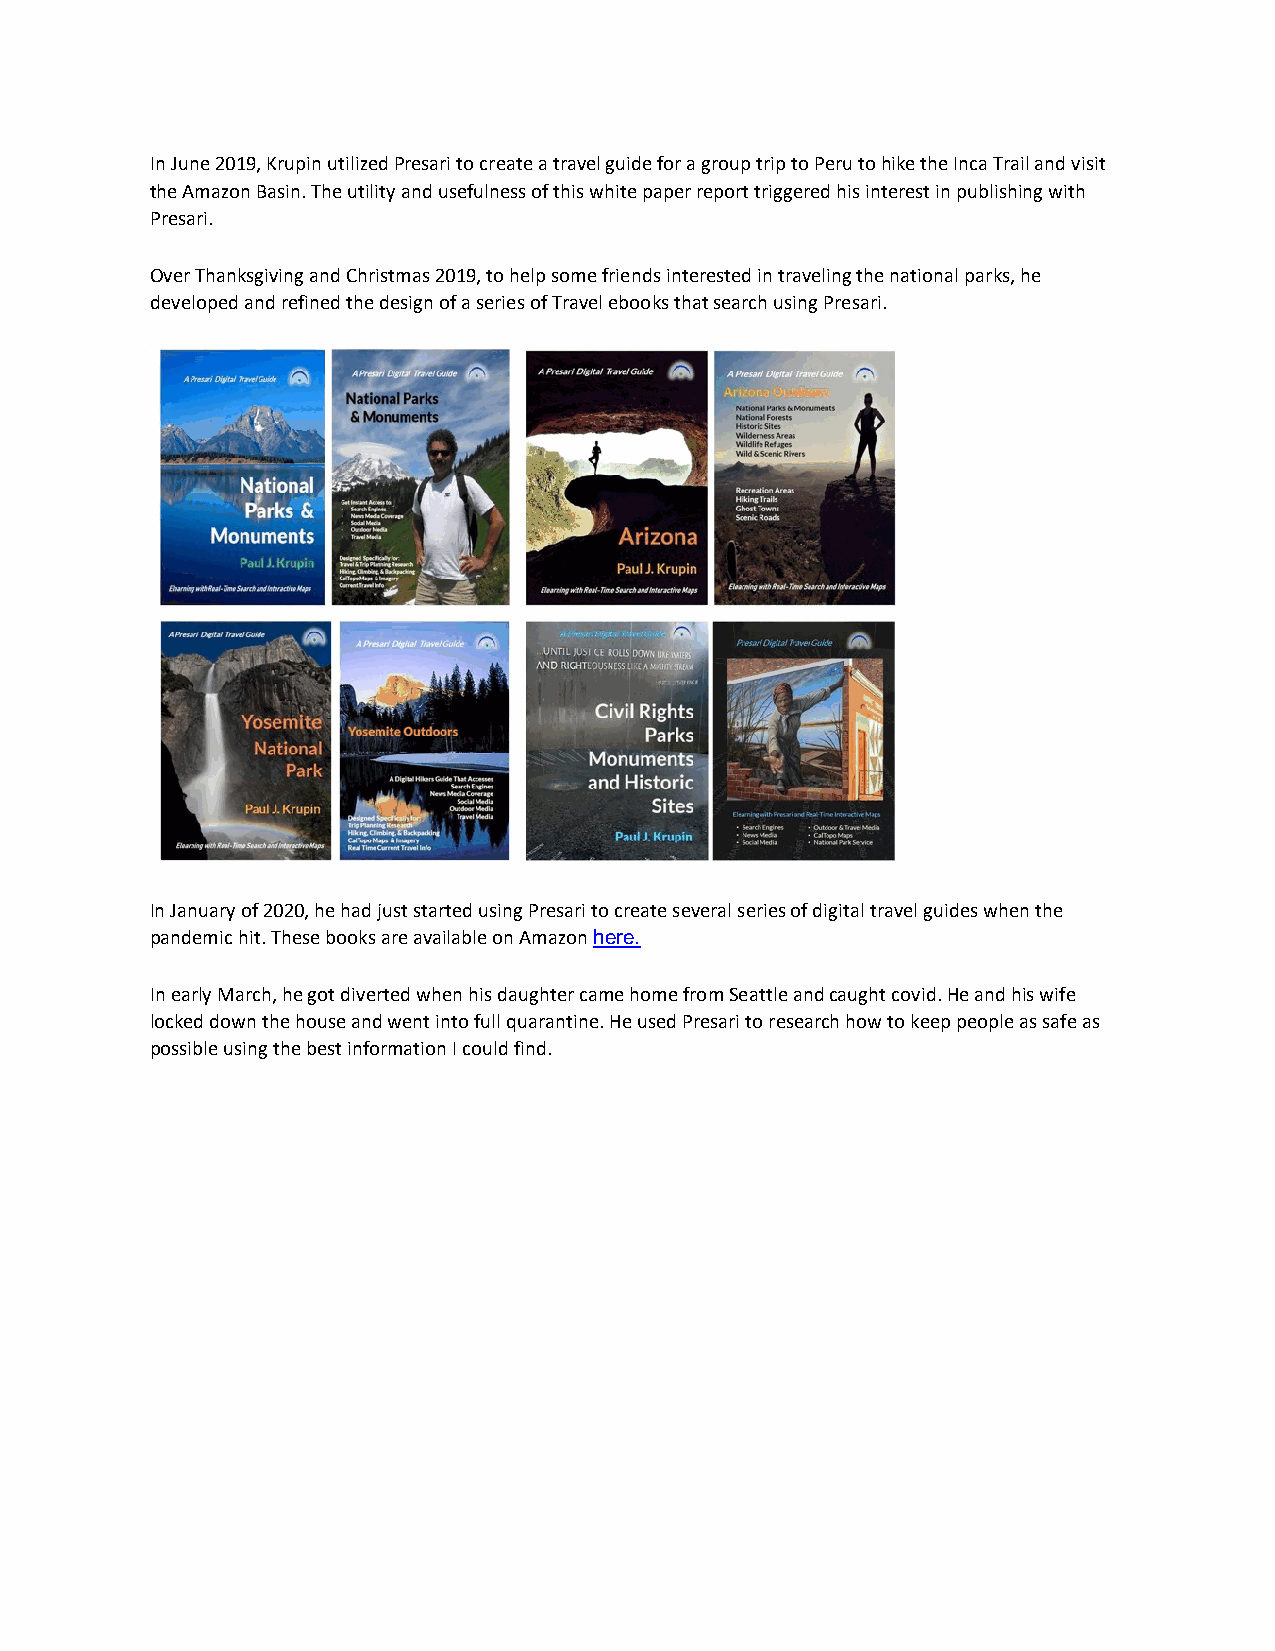
In June 2019, Krupin utilized Presari to create a travel guide for a group trip to Peru to hike the Inca Trail and visit
 the Amazon Basin. The utility and usefulness of this white paper report triggered his interest in publishing with
 Presari.
 Over Thanksgiving and Christmas 2019, to help some friends interested in traveling the national parks, he
 developed and refined the design of a series of Travel ebooks that search using Presari.
 In January of 2020, he had just started using Presari to create several series of digital travel guides when the
 pandemic hit. These books are available on Amazon here.
 In early March, he got diverted when his daughter came home from Seattle and caught covid. He and his wife
 locked down the house and went into full quarantine. He used Presari to research how to keep people as safe as
 possible using the best information I could find.